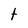
Character: t